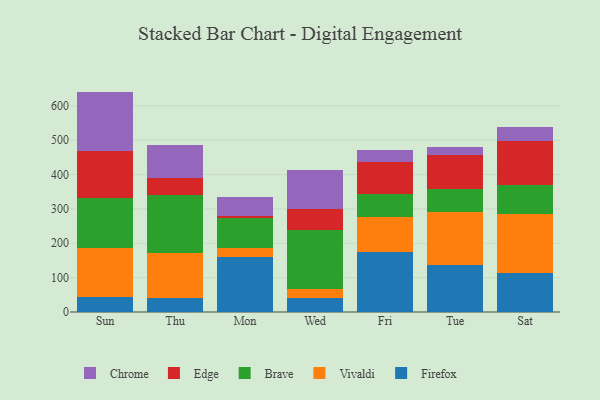
{"axis": {"x": "Day", "y": "LTV (USD)"}, "legend": ["Brave", "Chrome", "Edge", "Firefox", "Vivaldi"], "data": [{"x": "Sun", "y": 42.4, "type": "Firefox"}, {"x": "Sun", "y": 143.5, "type": "Vivaldi"}, {"x": "Sun", "y": 144.6, "type": "Brave"}, {"x": "Sun", "y": 137.2, "type": "Edge"}, {"x": "Sun", "y": 173.7, "type": "Chrome"}, {"x": "Thu", "y": 40.1, "type": "Firefox"}, {"x": "Thu", "y": 131.5, "type": "Vivaldi"}, {"x": "Thu", "y": 168.7, "type": "Brave"}, {"x": "Thu", "y": 50.5, "type": "Edge"}, {"x": "Thu", "y": 95.2, "type": "Chrome"}, {"x": "Mon", "y": 160.4, "type": "Firefox"}, {"x": "Mon", "y": 25.7, "type": "Vivaldi"}, {"x": "Mon", "y": 88.0, "type": "Brave"}, {"x": "Mon", "y": 5.8, "type": "Edge"}, {"x": "Mon", "y": 53.4, "type": "Chrome"}, {"x": "Wed", "y": 40.7, "type": "Firefox"}, {"x": "Wed", "y": 24.8, "type": "Vivaldi"}, {"x": "Wed", "y": 172.3, "type": "Brave"}, {"x": "Wed", "y": 61.1, "type": "Edge"}, {"x": "Wed", "y": 114.3, "type": "Chrome"}, {"x": "Fri", "y": 174.8, "type": "Firefox"}, {"x": "Fri", "y": 100.8, "type": "Vivaldi"}, {"x": "Fri", "y": 69.0, "type": "Brave"}, {"x": "Fri", "y": 90.7, "type": "Edge"}, {"x": "Fri", "y": 37.0, "type": "Chrome"}, {"x": "Tue", "y": 137.8, "type": "Firefox"}, {"x": "Tue", "y": 153.0, "type": "Vivaldi"}, {"x": "Tue", "y": 66.6, "type": "Brave"}, {"x": "Tue", "y": 100.8, "type": "Edge"}, {"x": "Tue", "y": 21.6, "type": "Chrome"}, {"x": "Sat", "y": 112.5, "type": "Firefox"}, {"x": "Sat", "y": 172.8, "type": "Vivaldi"}, {"x": "Sat", "y": 83.4, "type": "Brave"}, {"x": "Sat", "y": 128.7, "type": "Edge"}, {"x": "Sat", "y": 41.1, "type": "Chrome"}]}